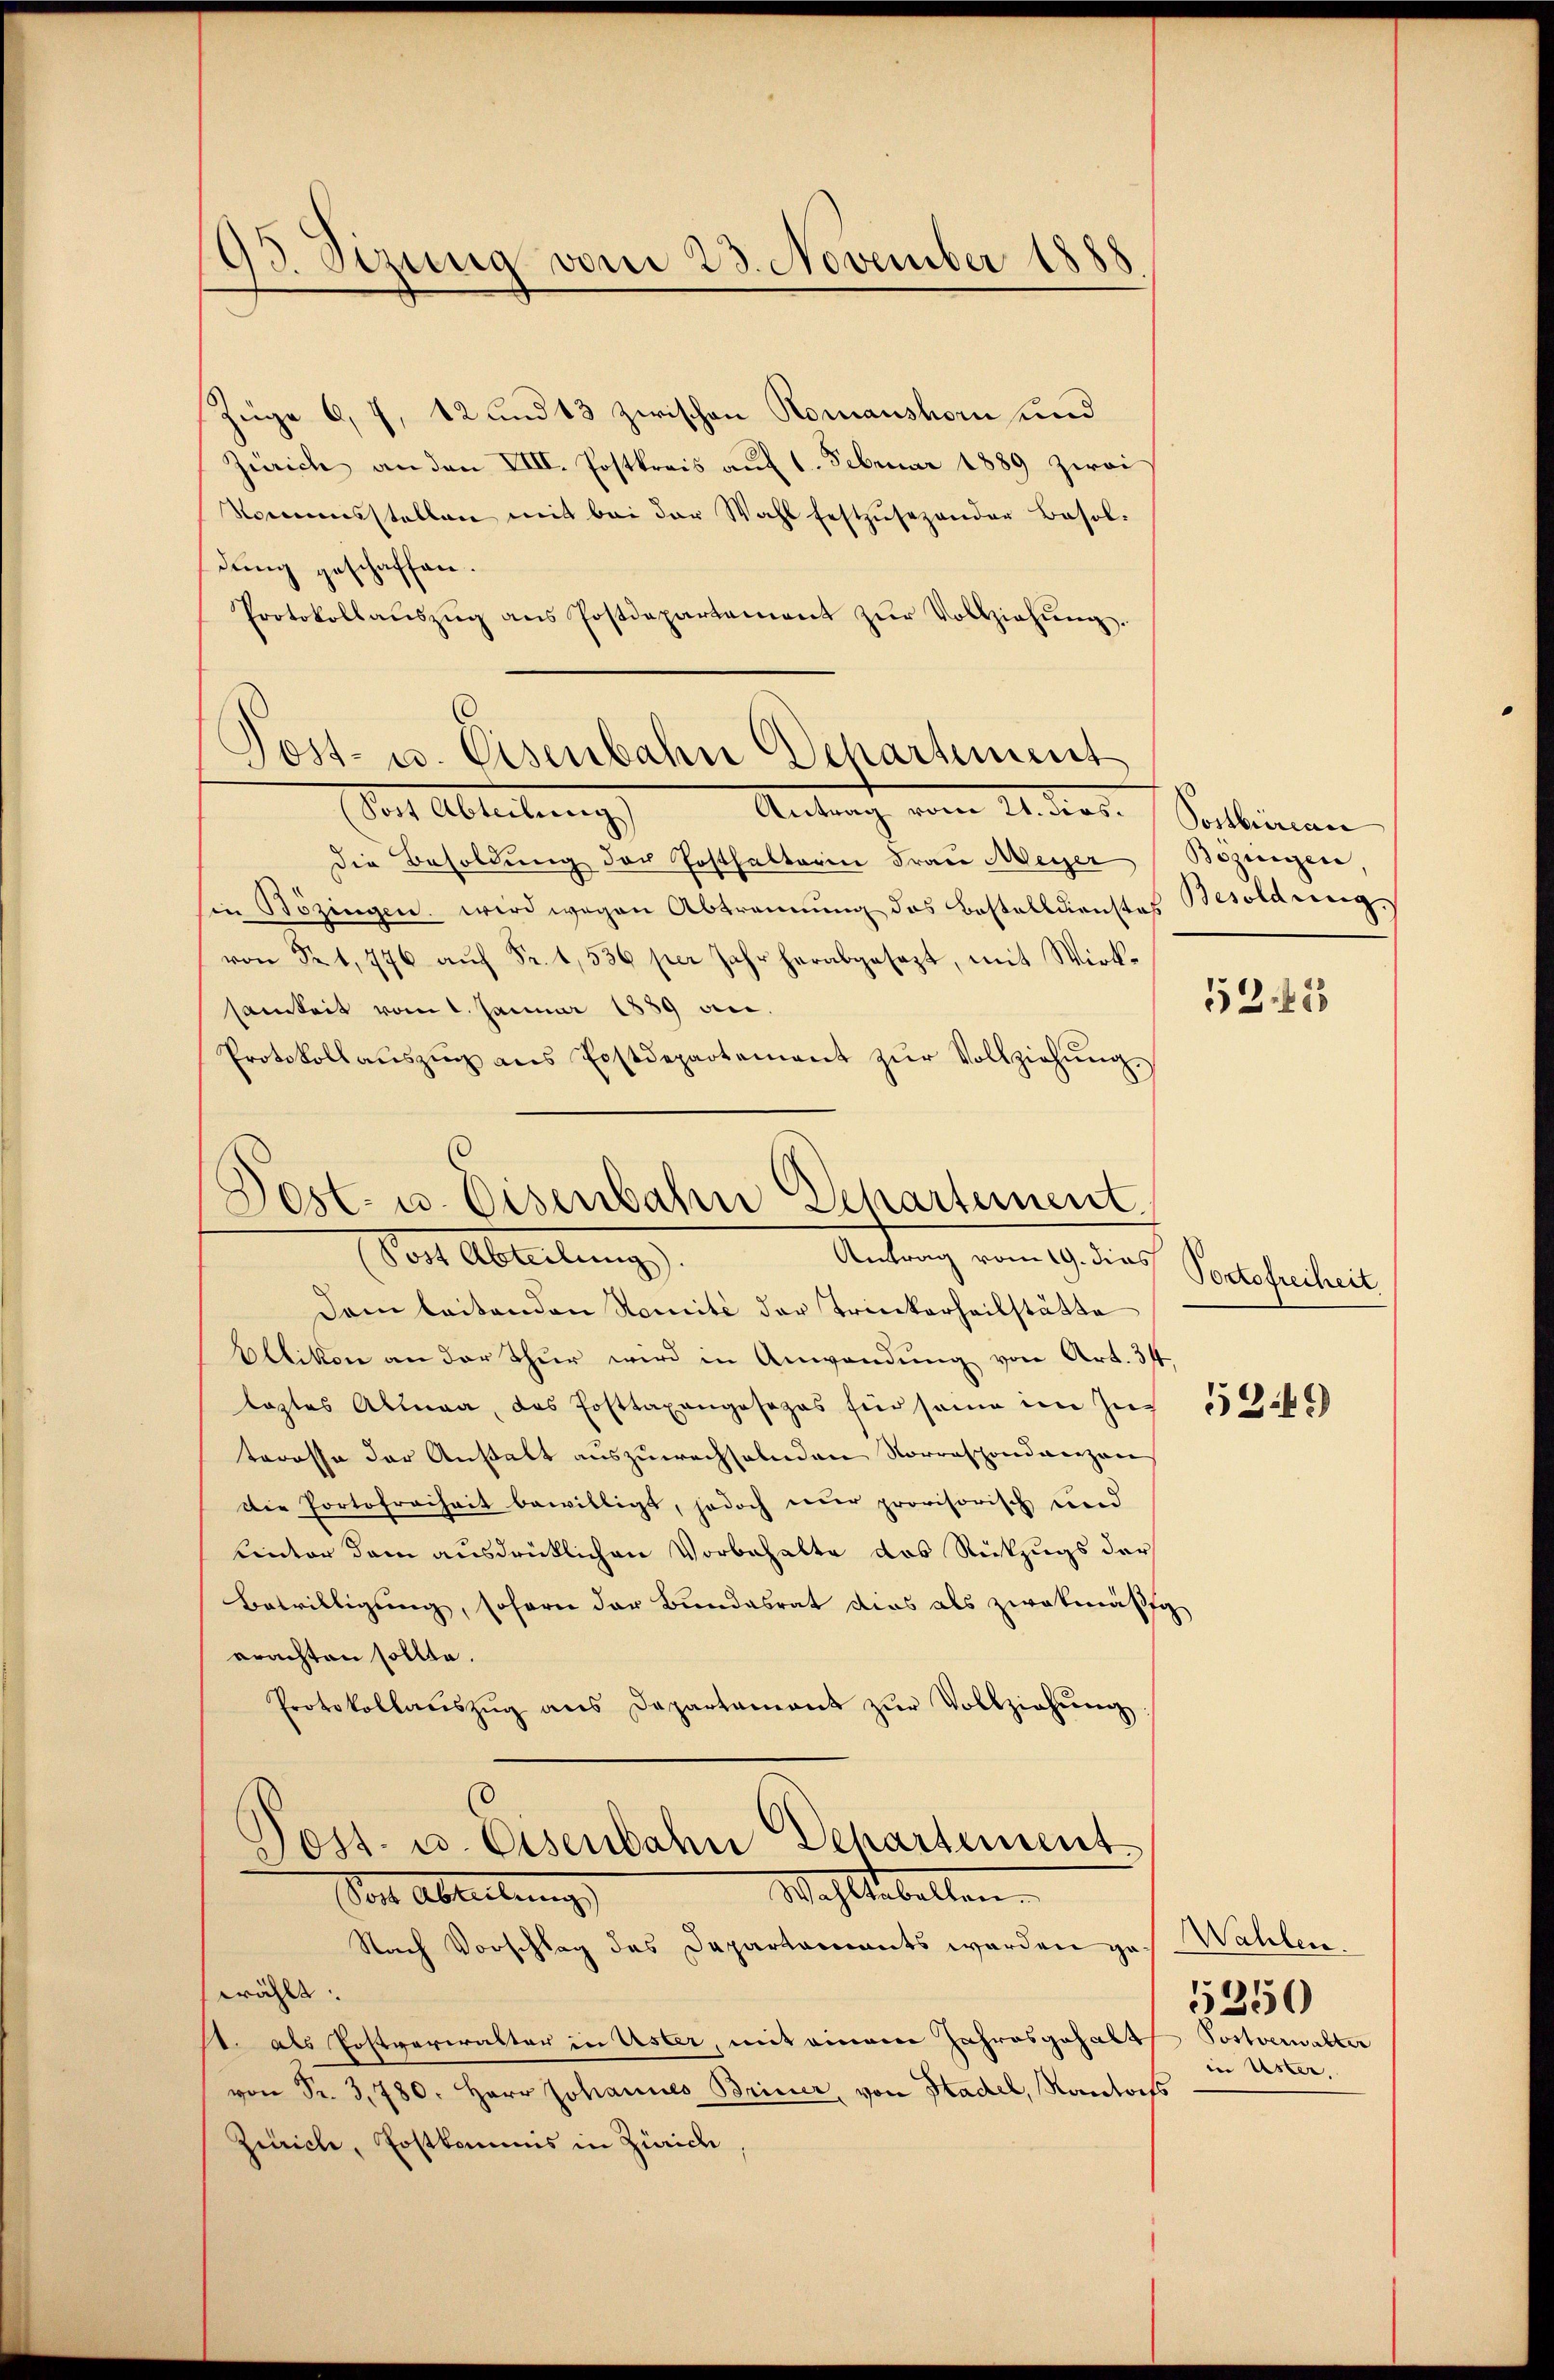
93. Sizung vom 23. November 1888

Züge 6, 7, 12 und 13 zwischen Romanshorn und
Zürich an den VIII. Postkreis aŭf 1. Februar 1889 zwai
Nommisstellen mit bei der Wahl festzŭsezender Besol-
dung geschaffen.
Protokollaŭszŭg ans Postdepartement zŭr Vollziehŭng.

Dach Ableitung
Antracht vom 11. dies
die Besoldung der Posthalterin Frace Meyer
in Bözingen. wird wegen Abtrennung des Bestelldienstes Besoldung
von Fr. 1, 776 aŭf Fr. 1536 per Jahr herabgesezt, mit Wirk-
samkeit vom 1. Januar 1889 an.
Protokollaŭszŭg ans Postdepartement zŭr Vollziehŭng.

Jost- u. Eisenbahn Departement

Post- u. Eisenbahn Departement.
Antrag vom 19. dies

(Post Abteilungs
Dem leitenden Nomité der Trinkerheilstätte
Altikon an der Thur wird in Anwendung von Art. 34
lastes Altera, das Posttaxangosozas für seine im Zu
teresse der Anstalt auszuwechselnden Vorresponderezan
Die Portofreiheit bewilligt, jedoch nur provisorisch und
Einter dem ausdrücklichen Vorbehalte das Rückzugs der
Betwilligung, sofern der Bundesrat dies als zwekmäßig
erachten sollte.
Protokollaŭszŭg ans Departament zŭr Vollziehŭng
Jost- u. Eisenbahn Dehartement
Wohltobellen.
Von Ableitung,
Nach Vorschlag des Departaments werden gewählt.
k. als Postverwalter in Uster, mit einem Jahresgehabt
von Fr. 3,780. Herr Johannes Briner, von Stadel, Kantonss
Zürich, Postkommis in Zürich,

Postbrirenn
Bezingen,

5243

Portofreiheit

53.46)

Wahlen.
5350
Postverwalter
in Uster,